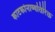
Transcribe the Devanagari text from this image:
काटकोनाव्यतिरिक्त